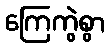
ကြေကွဲစွာ